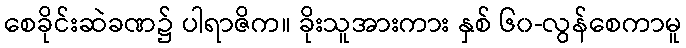
စေခိုင်းဆဲခဏ၌ ပါရာဇိက။ ခိုးသူအားကား နှစ် ၆၀-လွန်စေကာမူ